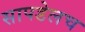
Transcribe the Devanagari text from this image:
सापडेलच